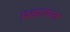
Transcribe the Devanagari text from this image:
मध्याचल